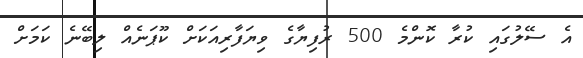
އެ ސޭލުގައި ކުރާ ކޮންމެ 500 ރުފިޔާގެ ވިޔަފާރިއަކަށް ކޫޕަނެއް ލިބޭނެ ކަމަށް